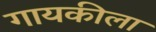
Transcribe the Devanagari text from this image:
गायकीला